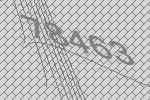
78463